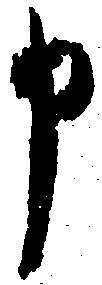
申